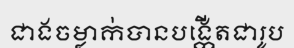
ជាងចម្លាក់បានបង្កើតជារូប